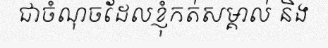
ជាចំណុចដែលខ្ញុំកត់សម្គាល់ និង